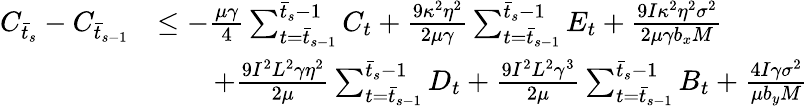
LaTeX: \begin{array}{rl}{C_{\bar{t}_{s}}-C_{\bar{t}_{s-1}}}&{\leq-\frac{\mu\gamma}{4}\sum_{t=\bar{t}_{s-1}}^{\bar{t}_{s}-1}C_{t}+\frac{9\kappa^{2}\eta^{2}}{2\mu\gamma}\sum_{t=\bar{t}_{s-1}}^{\bar{t}_{s}-1}E_{t}+\frac{9I\kappa^{2}\eta^{2}\sigma^{2}}{2\mu\gamma b_{x}M}}\\ &{\qquad+\frac{9I^{2}L^{2}\gamma\eta^{2}}{2\mu}\sum_{t=\bar{t}_{s-1}}^{\bar{t}_{s}-1}D_{t}+\frac{9I^{2}L^{2}\gamma^{3}}{2\mu}\sum_{t=\bar{t}_{s-1}}^{\bar{t}_{s}-1}B_{t}+\frac{4I\gamma\sigma^{2}}{\mu b_{y}M}}\end{array}